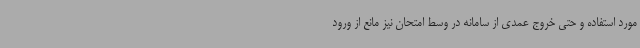
مورد استفاده و حتی خروج عمدی از سامانه در وسط امتحان نیز مانع از ورود